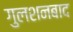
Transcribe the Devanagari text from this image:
गुलशनबाद